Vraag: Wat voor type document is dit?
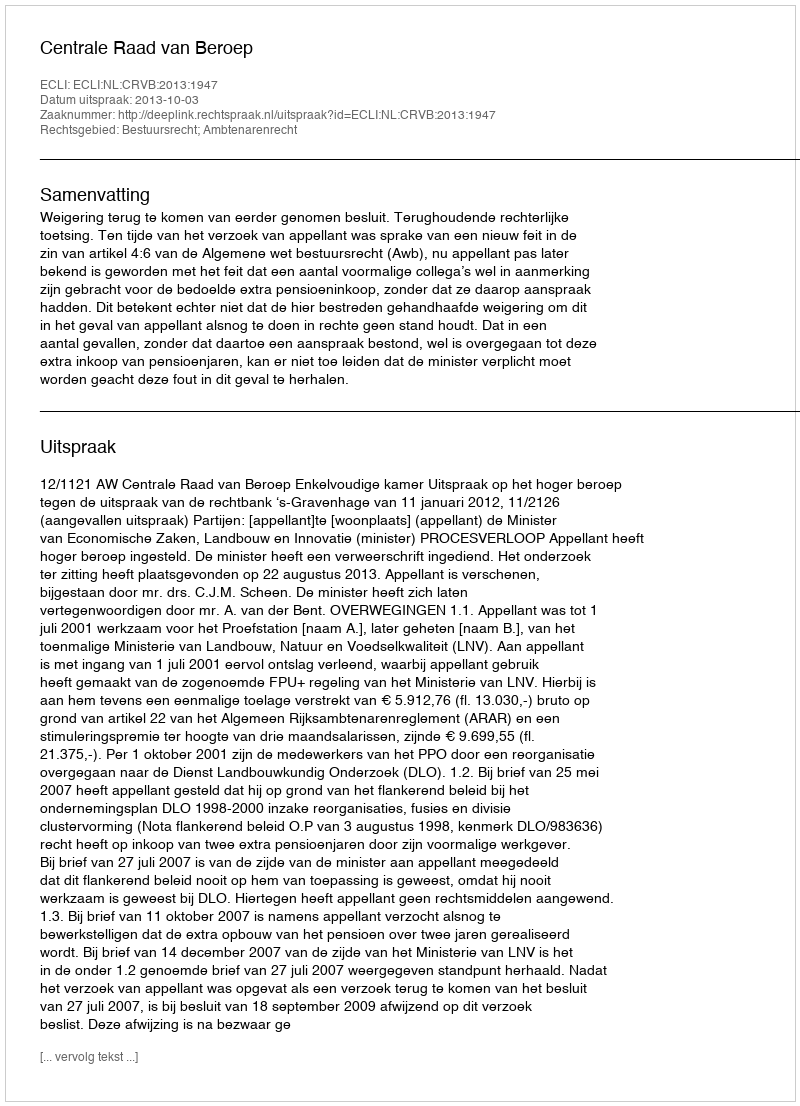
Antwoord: Uitspraak